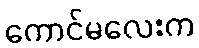
ကောင်မလေးက